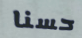
حسنا